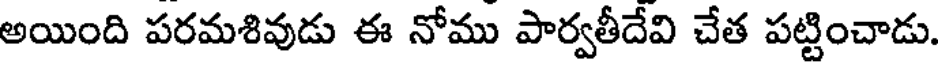
అయింది పరమశివుడు ఈ నోము పార్వతీదేవి చేత పట్టించాడు.